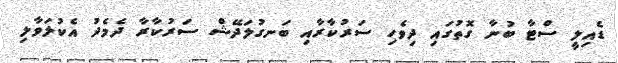
ޑެއިލީ ސްޓާ ބުނާ ގޮތުގައި ދިވެހި ސަރުކާރާއި ބަނގުލަދޭޝް ސަރުކާރާ ދެމެދު އެކުލަވާލި